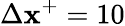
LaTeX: \Delta\mathbf{x}^{+}=10